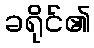
ခရိုင်၏